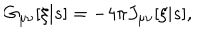
LaTeX: G _ { \mu \nu } [ \xi | s ] = - 4 \pi J _ { \mu \nu } [ \xi | s ] ,